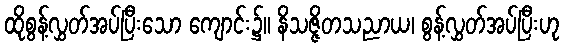
ထိုစွန့်လွှတ်အပ်ပြီးသော ကျောင်း၌။ နိသဇ္ဇိတသညာယ၊ စွန့်လွှတ်အပ်ပြီးဟု